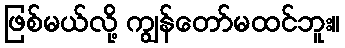
ဖြစ်မယ်လို့ ကျွန်တော်မထင်ဘူး။